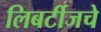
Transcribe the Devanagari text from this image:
लिबर्टीजचे